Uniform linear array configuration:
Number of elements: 32
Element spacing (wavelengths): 0.25
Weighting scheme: binomial
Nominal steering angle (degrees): -30
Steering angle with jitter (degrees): -28.89
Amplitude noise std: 0.05
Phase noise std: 0.05

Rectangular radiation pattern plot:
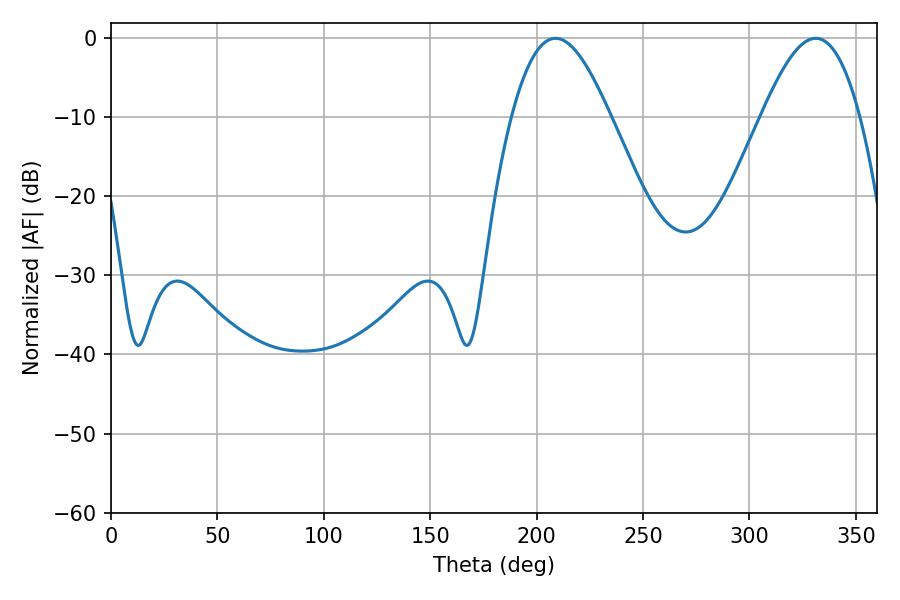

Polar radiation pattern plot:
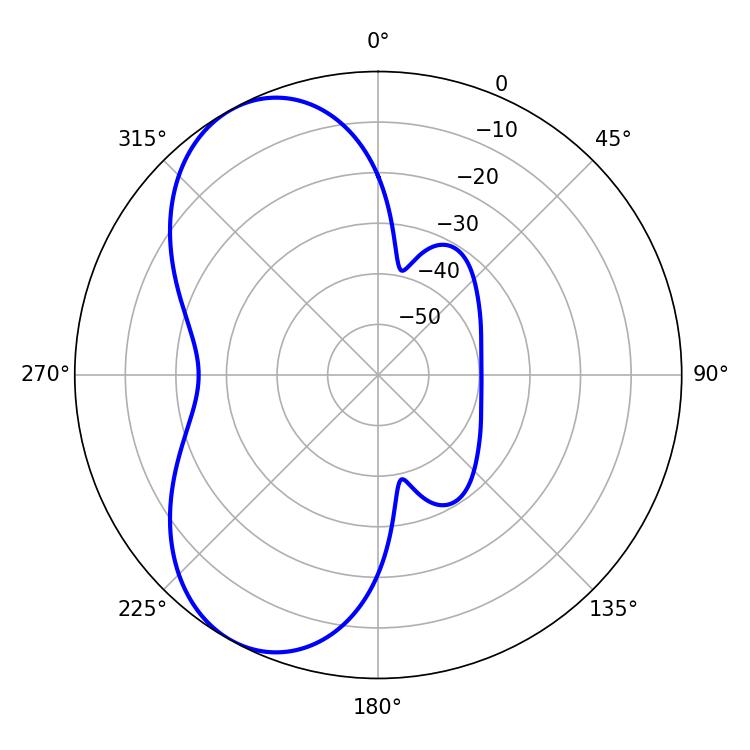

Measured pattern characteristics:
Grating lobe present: FALSE
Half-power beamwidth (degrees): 25.02
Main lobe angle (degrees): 208.8